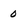
Character: O